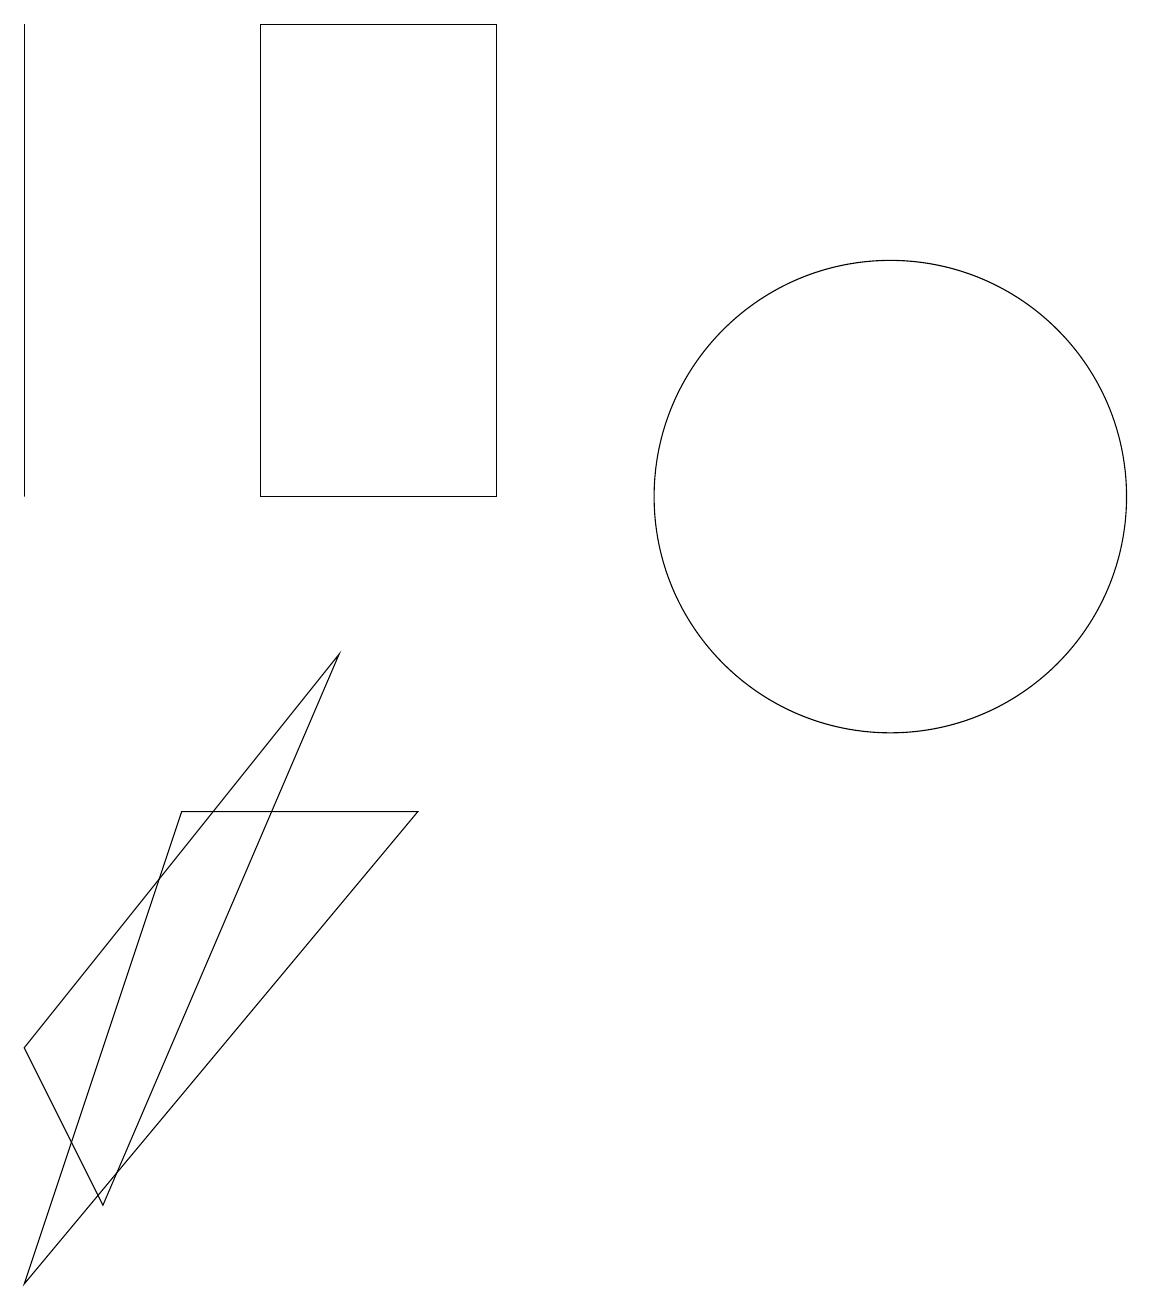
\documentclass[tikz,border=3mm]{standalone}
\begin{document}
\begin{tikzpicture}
\draw (11,10) circle (3);
\draw (6,16) rectangle (3,10);
\draw (0,0) -- (2,6) -- (5,6) -- cycle;
\draw (0,10) rectangle (0,16);
\draw (0,3) -- (4,8) -- (1,1) -- cycle;
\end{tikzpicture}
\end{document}